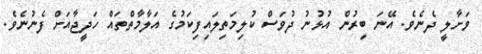
ވަށާލީ ދެނެވެ. އޭނަ ބިރުން އުޅުނު ދުވަސް ކުލިމަތިލައިފިކަމުގެ އަލާމާތްތައް ހަދީޖާއަށް ފެނުނެވެ.